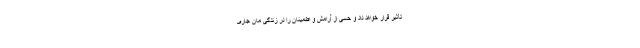
تأثیر قرار خواهد داد و حسی از آرامش و اطمینان را در زندگی مان جاری